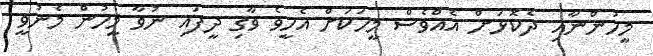
މީހުންނާއި ދެކޮޅަށް އެއްވެސް މީހަކަށް އެހީވެ ވާޤި ދީފައި ނުވާ މީހުން މެނުވީ